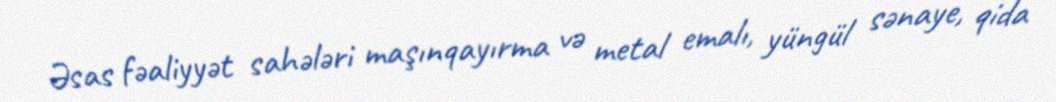
Əsas fəaliyyət sahələri maşınqayırma və metal emalı, yüngül sənaye, qida